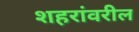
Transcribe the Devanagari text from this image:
शहरांवरील